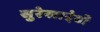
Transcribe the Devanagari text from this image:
सुरेखादेवी